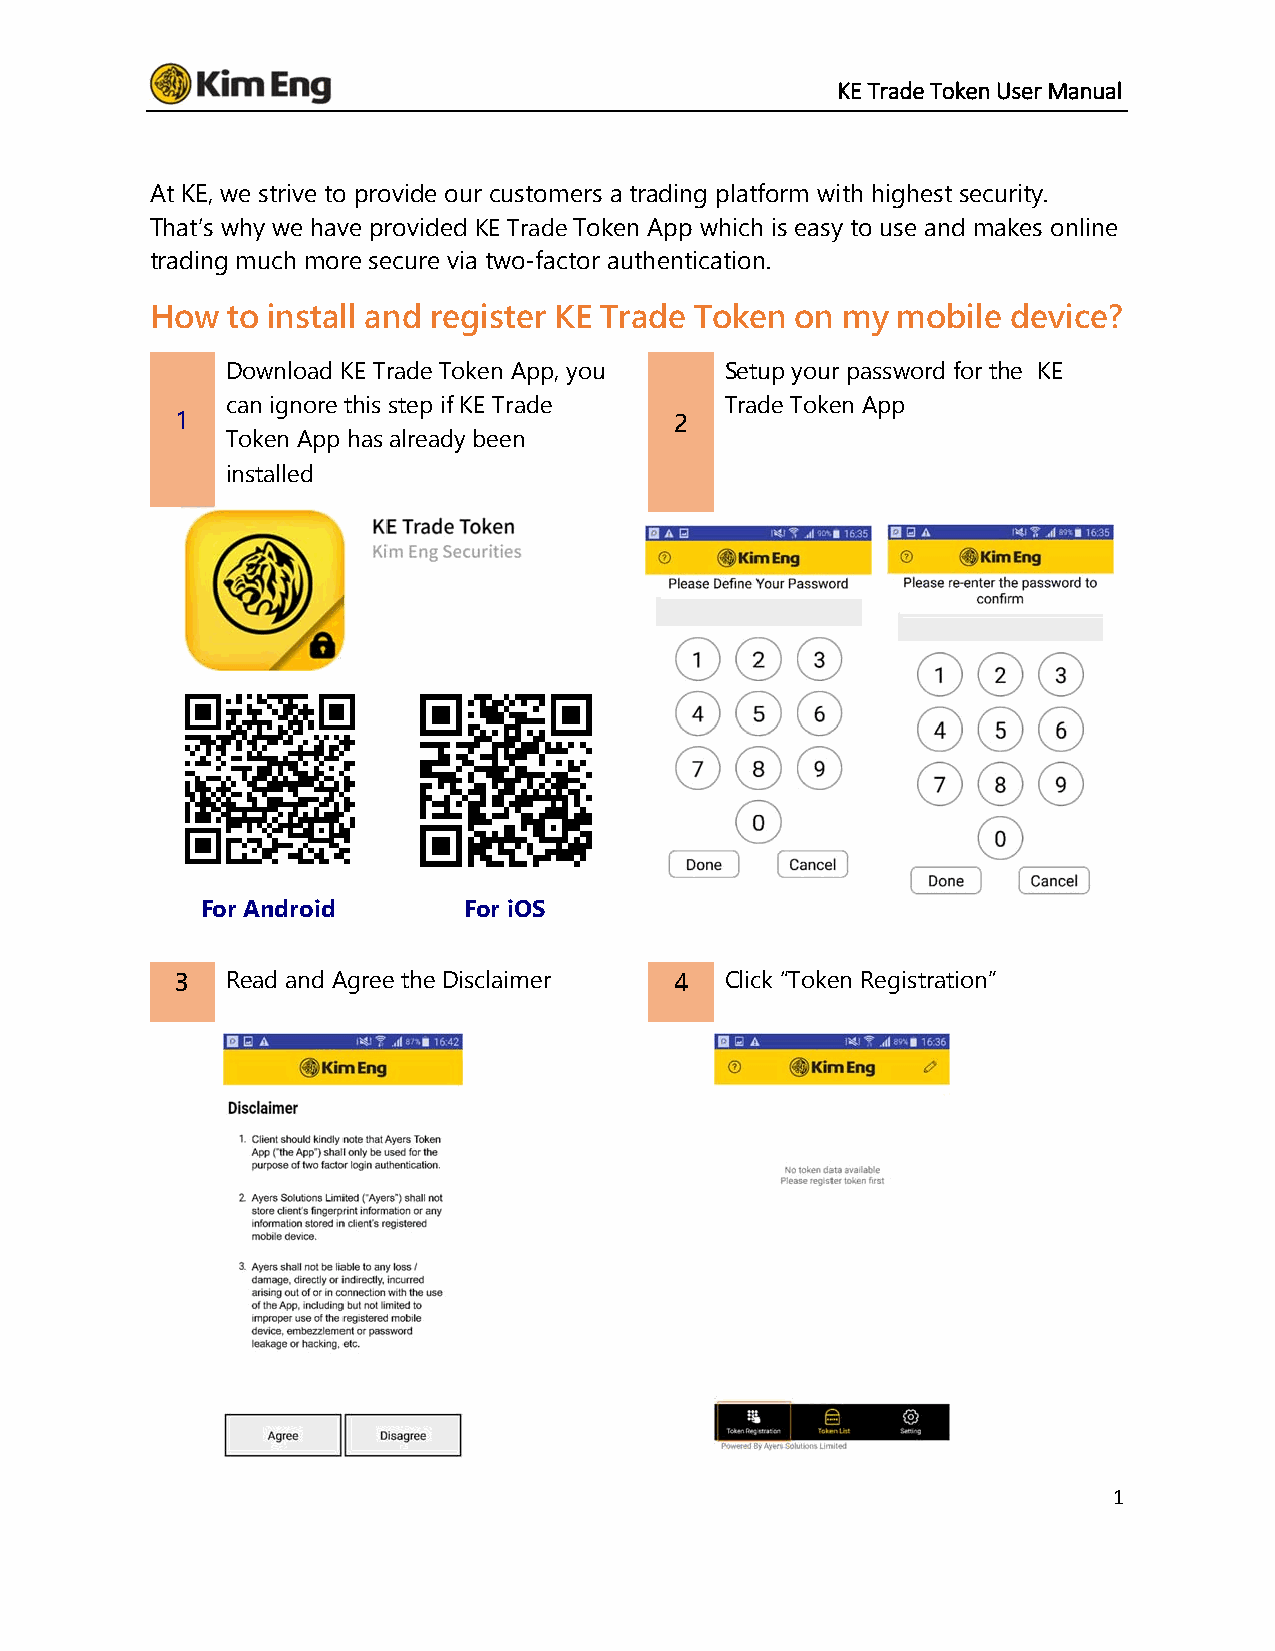
KE Trade Token User Manual
 At KE, we strive to provide our customers a trading platform with highest security.
 That’s why we have provided KE Trade Token App which is easy to use and makes online
 trading much more secure via two-factor authentication.
 How  to install and register KE Trade Token on my mobile device?
 Download KE Trade Token App, you Setup your password for the KE
 can ignore this step if KE Trade Trade Token App
 1                                2
 Token App has already been
 installed
 For Android       For iOS
 3  Read and Agree the Disclaimer 4  Click “Token Registration”
 1